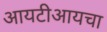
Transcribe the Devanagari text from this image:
आयटीआयचा